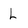
Character: L